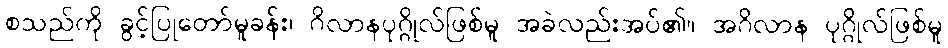
စသည်ကို ခွင့်ပြုတော်မူခန်း၊ ဂိလာနပုဂ္ဂိုလ်ဖြစ်မူ အခဲလည်းအပ်၏။ အဂိလာန ပုဂ္ဂိုလ်ဖြစ်မူ